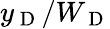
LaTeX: y_{\mathrm{~D~}}/W_{\mathrm{~D~}}